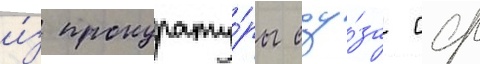
и́з прокурату́ры соу́за сср